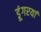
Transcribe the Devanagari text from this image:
डूंगरयां